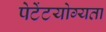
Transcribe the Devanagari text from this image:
पेटेंटयोग्यता